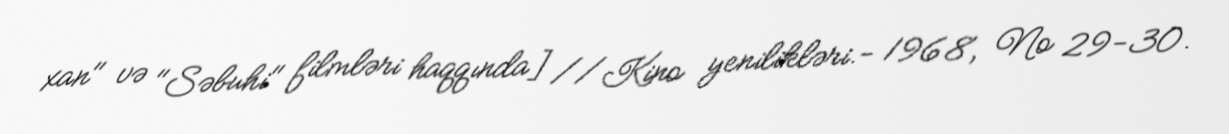
xan" və "Səbuhi" filmləri haqqında] //Kino yenilikləri.- 1968, № 29-30.